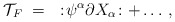
\begin{align*}{\cal T}_F ~=~:\!\psi^{\alpha}\partial X_{\alpha}\!: +\dots \, ,\end{align*}